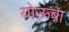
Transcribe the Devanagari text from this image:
योऊबा